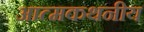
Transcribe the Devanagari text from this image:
आत्मकथनीय